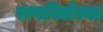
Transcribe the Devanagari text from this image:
राबविलेल्या